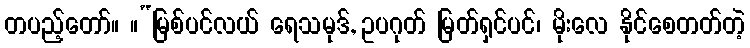
တပည့်တော်။ ။“မြစ်ပင်လယ် ရေသမုဒ်, ဥပဂုတ် မြတ်ရှင်ပင်၊ မိုးလေ နိုင်စေတတ်တဲ့